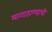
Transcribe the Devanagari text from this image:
मागाठाण्याची